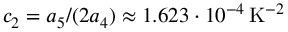
c _ { 2 } = a _ { 5 } / ( 2 a _ { 4 } ) \approx 1 . 6 2 3 \cdot 1 0 ^ { - 4 } \, \mathrm { K } ^ { - 2 }